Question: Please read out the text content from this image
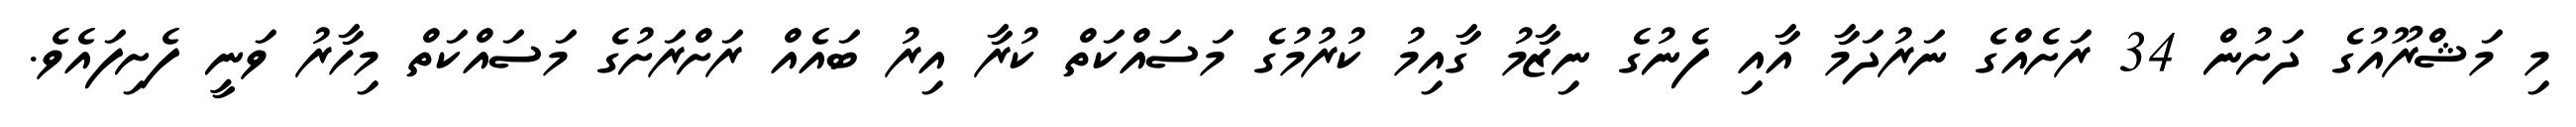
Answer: މި މަޝްރޫއުގެ ދަށުން 34 ރަށެއްގެ ނަރުދަމާ އާއި ފެނުގެ ނިޒާމު ގާއިމު ކުރުމުގެ މަސައްކަތް ކުރާ އިރު ބައެއް ރަށްރަށުގެ މަސައްކަތް މިހާރު ވަނީ ފެށިފައެވެ.